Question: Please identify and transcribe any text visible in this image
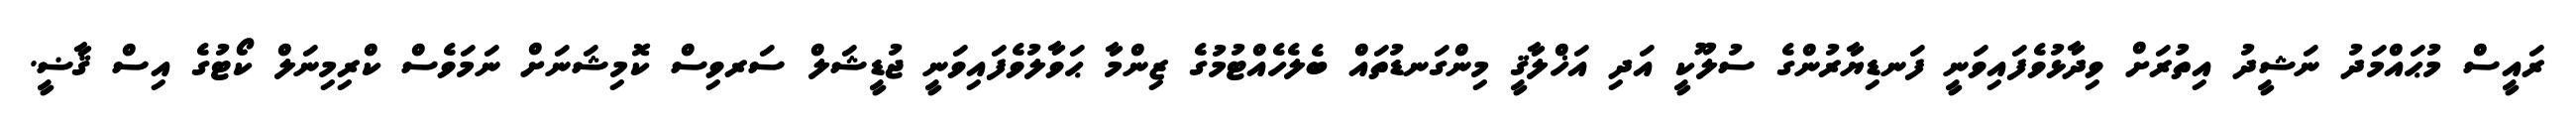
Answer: ރައީސް މުޙައްމަދު ނަޝީދު އިތުރަށް ވިދާޅުވެފައިވަނީ ފަނޑިޔާރުންގެ ސުލޫކީ އަދި އަޚްލާޤީ މިންގަނޑުތައް ބެލެހެއްޓުމުގެ ޒިންމާ ޙަވާލުވެފައިވަނީ ޖުޑީޝަލް ސަރވިސް ކޮމިޝަނަށް ނަމަވެސް ކްރިމިނަލް ކޯޓުގެ އިސް ޤާޟީ.